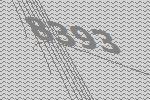
8393